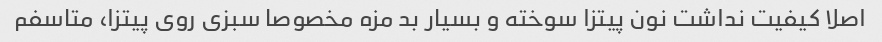
اصلا کیفیت نداشت نون پیتزا سوخته و بسیار بد مزه مخصوصا سبزی روی پیتزا، متاسفم